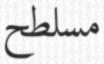
مسلطح